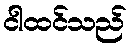
ငါထင်သည်